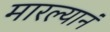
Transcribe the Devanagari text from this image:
मारल्यानं